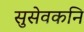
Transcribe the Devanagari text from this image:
सुसेवकनि